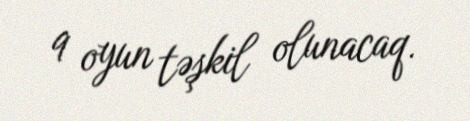
9 oyun təşkil olunacaq.